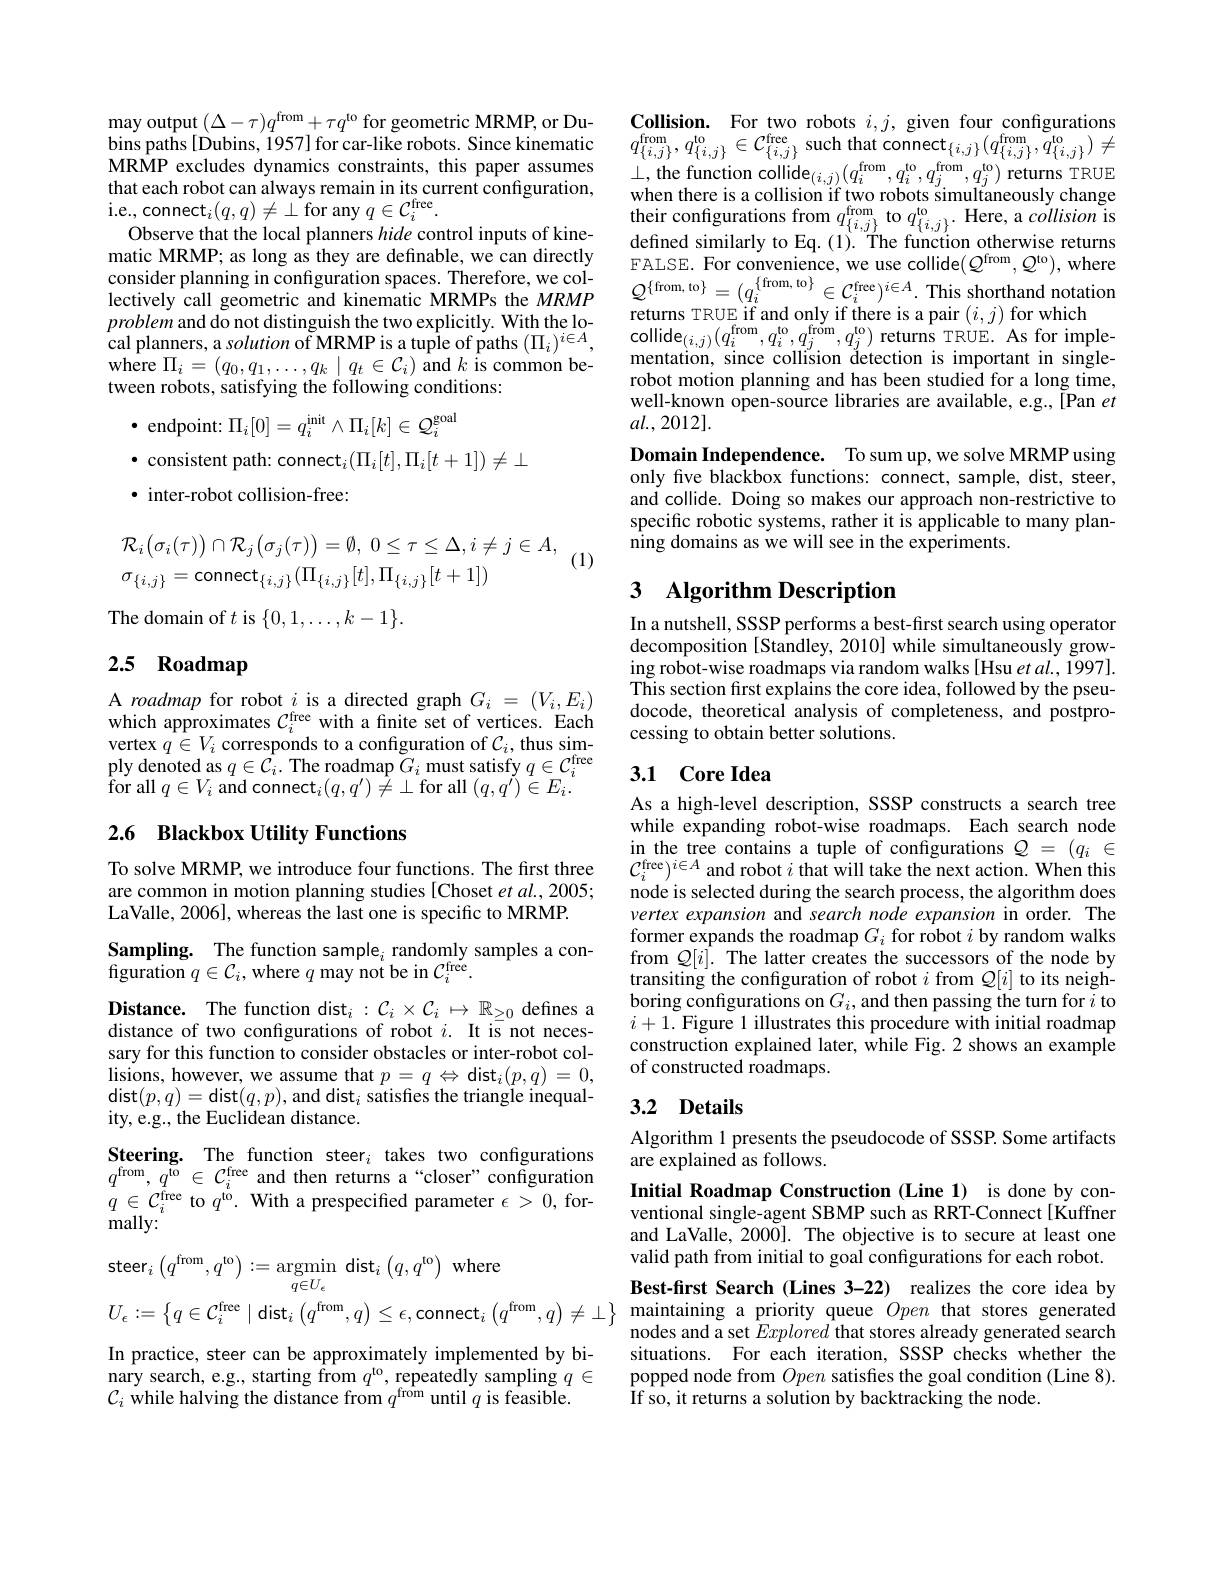
$\operatorname*{may}_{\mathrm{output}}(\Delta-\tau)q^{\mathrm{from}}+\tau q^{\mathrm{to}}$for geometric MRMP, or Du-
bins paths [ Dubins, 1957] for car- like robots. Since kinematic $q_{\{ i, j\} }^\mathrm{from}, q_{\{ i, j\} }^\mathrm{lo}\in \mathcal{C} _{\{ i, j\} }^\mathrm{frec}$ $\text{such that connect}_{\{ i, j\} }( q_{\{ i, j\} }^\mathrm{from}, q_{\{ i, j\} }^\mathrm{lo}) \neq$ MRMP excludes dynamics constraints, this paper assumes $\bot $,the function
$\mathrm{i.e.,~connect}_{i}(q,q)\neq\perp$for any $q\in\mathcal{C}_i^\mathrm{free}.$
Observe that the local planners hide control inputs of kinematic MRMP; as long as they are definable, we can directly matic MKMP; as long as they are defnnable, we can directly FALSE. For convenice, we use collide(Qfrom,Q),where consisder planning in configuration spaces. Therefore, we col- FALSE. For convenice, we use collide$( Q^{from}, Q^{1o}) $,where lectively cal
problem and do not distinguish the two explicitly. With the loprooncmuu ao not anong montie mo copncing. cal planners, a solution of MRMP is a tuple of paths $( \Pi _{i}) ^{i\in A}$, $\hat{\mathrm{where~}}\Pi_{i}=(q_{0},q_{1},\ldots,q_{k}\mid q_{t}\in\mathcal{C}_{i})$ and $k$ is common between robots, satisfying the following conditions:

$•$ endpoint: $\Pi_i[0]=q_i^\mathrm{init}\wedge\Pi_i[k]\in\mathcal{Q}_i^\mathrm{goal}$

$•$ consistent path: connect$_i(\Pi_i[t],\Pi_i[t+1])\neq\bot$

$\bullet$ inter-robot collision-free:

(1)
$$\begin{aligned}&\mathcal{R}_{i}\big(\sigma_{i}(\tau)\big)\cap\mathcal{R}_{j}\big(\sigma_{j}(\tau)\big)=\emptyset,\:0\leq\tau\leq\Delta,i\neq j\in A,\\&\sigma_{\{i,j\}}=\mathrm{connect}_{\{i,j\}}(\Pi_{\{i,j\}}[t],\Pi_{\{i,j\}}[t+1])\end{aligned}$$
The domain of $t$ is $\{0,1,\ldots,k-1\}.$

# 2.5 Roadmap

A roadmap for robot $i$ is a directed graph $G_i=(V_i,E_i)$ which approximates $C_i^\mathrm{free}$ with a finite set of vertices. Each vertex $q\in V_i$ corresponds to a configuration of $\mathcal{C}_i$, thus sim- ${\mathrm{ply~denoted~as~}q\in{\dot{C}}_{i}.}{\mathrm{~The~roadmap~}}{\tilde{G}_{i}}{\mathrm{~must~satisfy~}}q\in{\mathcal{C}}_{i}^{\mathrm{free}}$ ${\dot{\mathrm{for~all~}}}q\in V_{i}{\bar{\mathrm{~and~connect}}}_{i}(q,q^{\prime})\not=\perp$for all$\left(q,\tilde{q^{\prime}}\right)\in E_{i}.$

## 2.6 Blackbox Utility Functions

To solve MRMP, we introduce four functions. The first three are common in motion planning studies [Choset et al., 2005; LaValle, 2006], whereas the last one is specific to MRMP.

Sampling. The function sample$_i$ randomly samples a con-
figuration $q\in\mathcal{C}_i$, where $q$ may not be in $\mathcal{C}_i^\mathrm{free}.$
$\textbf{Distance. }$The function dist$_i:\mathcal{C}_i\times\mathcal{C}_i\mapsto\mathbb{R}_{\geq0}$ defines a distance of two confgurations of robot $i.$ It is not necessary for this function to consider obstacles or inter-robot col- $\operatorname*{lisions,~however,~we~assume~that~}p=q\Leftrightarrow\operatorname*{dist}_{i}(p,q)=0$, $\operatorname*{dist}(p,q)=\operatorname*{dist}(q,p)$,and dist$_i$ satisfes the triangle inequality, e.g., the Euclidean distance.
Steering. The function steer$_i$ takes two configurations $q^{\mathrm{from}},q^{\mathrm{to}}\in\mathcal{C}_{i}^{\mathrm{free}}$ and then returns a“closer”configuration $q\in\mathcal{C}_{i}^{\mathrm{free}}$ to $q^\mathrm{to}.$ With a prespecified parameter $\epsilon>0$, formally:
$$\begin{aligned}&\mathrm{steer}_{i}\left(q^{\mathrm{from}},q^{\mathrm{to}}\right):=\operatorname*{argmin}_{q\in U_{\epsilon}}\:\mathrm{dist}_{i}\left(q,q^{\mathrm{to}}\right)\:\mathrm{where}\\&U_{\epsilon}:=\left\{q\in\mathcal{C}_{i}^{\mathrm{free}}\mid\mathrm{dist}_{i}\left(q^{\mathrm{from}},q\right)\leq\epsilon,\mathrm{connect}_{i}\left(q^{\mathrm{from}},q\right)\neq\perp\right\}\end{aligned}$$
In practice, steer can be approximately implemented by binary search, e.g., starting from $q^\mathrm{to}$, repeatedly sampling $q\in$ $\mathcal{C}_i$ while halving the distance from $q^\mathrm{from}$ until $q$ is feasible.

Collision. For two robots $i,j$, given four configurations their confgurations from $q_{\{i,j\}}^\mathrm{from}$ to $q_{\{i,j\}}^\mathrm{to}\cdot$ Here, a collision is defined similarly to Eq.(1). The function otherwise returns returns TRUE if and only if there is a pair $(i,j)$ for which
$\begin{array}{l}{\mathrm{collide}_{(i,j)}(q_{i}^{\mathrm{from}},q_{i}^{\mathrm{to}},q_{j}^{\mathrm{from}},q_{j}^{\mathrm{to}})}&{\mathrm{returns~TRUE.~As~for~imple-}}\\{\mathrm{mentation,~since~collision~detection~is~important~in~single-}}\\\end{array}$ robot motion planning and has been studied for a long time, well-known open-source libraries are available, e.g., [Pan $et$ $al.,2012].$
Domain Independence. To sum up, we solve MRMP using only five blackbox functions: connect, sample, dist, steer, and collide. Doing so makes our approach non-restrictive to specific robotic systems, rather it is applicable to many planning domains as we will see in the experiments.

### 3 $\textbf{Algorithm Description}$

In a nutshell, SSSP performs a best-first search using operator decomposition[Standley,2010] while simultaneously growing robot-wise roadmaps via random walks[Hsu et al., 1997]. This section first explains the core idea, followed by the pseudocode, theoretical analysis of completeness, and postprocessing to obtain better solutions.

### 3.1 Core Idea

As a high-level description, SSSP constructs a search tree while expanding robot-wise roadmaps. Each search node in the tree contains a tuple of configurations $\mathcal{Q}=(q_i\in$ $\mathcal{C}_{i}^{\mathrm{free}})^{i\in A}$ and robot $i$ that will take the next action. When this node is selected during the search process, the algorithm does vertex expansion and search node expansion in order. The former expands the roadmap $G_i$ for robot $i$ by random walks from $Q[i].$ The latter creates the successors of the node by transiting the configuration of robot $i$ from $Q[i]$ to its neighboring configurations on $G_i$, and then passing the turn for $i$ to $i+1.$ Figure 1 illustrates this procedure with initial roadmap construction explained later, while Fig. 2 shows an example of constructed roadmaps.

## 3.2 Details

Algorithm 1 presents the pseudocode of SSSP. Some artifacts
are explained as follows.

Initial Roadmap Construction (Line 1) is done by conventional single-agent SBMP such as RRT-Connect[Kuffner and LaValle, 2000]. The objective is to secure at least one valid path from initial to goal configurations for each robot. Best-first Search (Lines 3-22) realizes the core idea by maintaining a priority queue Open that stores generated nodes and a set Explored that stores already generated search situations. For each iteration, SSSP checks whether the popped node from Open satisfies the goal condition (Line 8). If so, it returns a solution by backtracking the node.